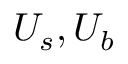
U _ { s } , U _ { b }